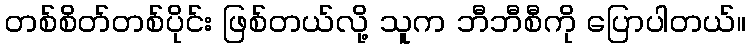
တစ်စိတ်တစ်ပိုင်း ဖြစ်တယ်လို့ သူက ဘီဘီစီကို ပြောပါတယ်။